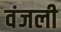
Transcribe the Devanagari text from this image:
वंजली